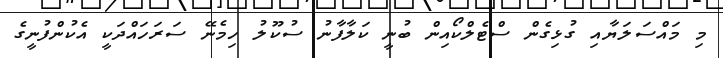
މި މައްސަލަޔާއި ގުޅިގެން ސްޓެލްކޯއިން ބުނީ ކަލާފާނު ސުކޫލު ހިމެނޭ ސަރަހައްދަކީ އެކުންފުނީގެ